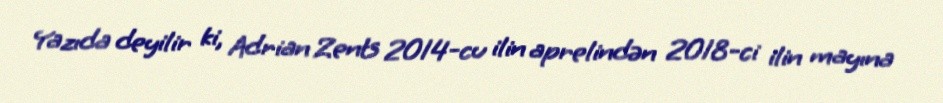
Yazıda deyilir ki, Adrian Zents 2014-cu ilin aprelindən 2018-ci ilin mayına